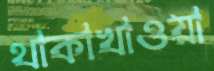
থাকাখাওয়া